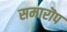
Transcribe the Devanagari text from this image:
समारॊप